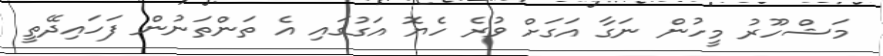
މަޝްހޫރު މީހުން ނަގާ އަގަށް ވުރެ ހެޔޮ އަގުގައި އެ ތަންތަނުން ފަހައިދޭތީ